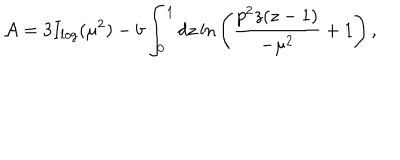
{ \cal { A } } = 3 I _ { l o g } ( \mu ^ { 2 } ) - b \int _ { 0 } ^ { 1 } d z \ln \Bigg ( \frac { p ^ { 2 } z ( z - 1 ) } { - \mu ^ { 2 } } + 1 \Bigg ) \, ,